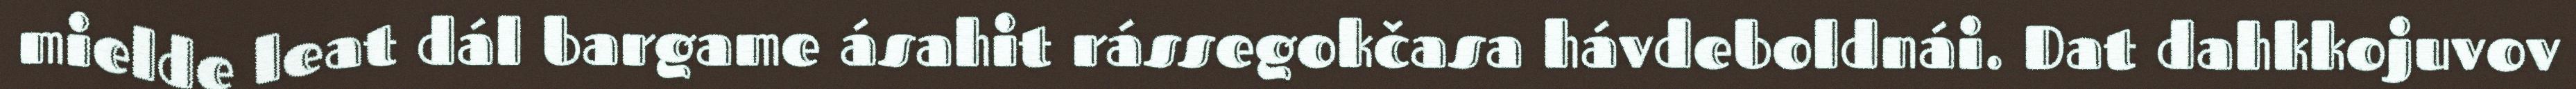
mielde leat dál bargame ásahit rássegokčasa hávdeboldnái. Dat dahkkojuvov